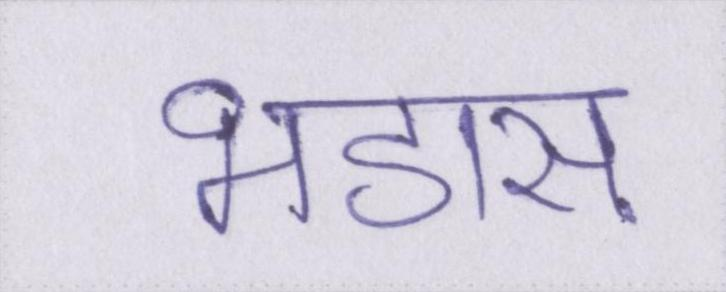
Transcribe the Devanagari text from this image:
भडास